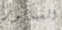
السيناتور